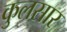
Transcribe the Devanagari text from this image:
कुलसार